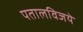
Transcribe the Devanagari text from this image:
पतालविजये